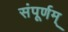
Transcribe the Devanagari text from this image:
संपूर्णम्‌